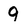
Character: 9